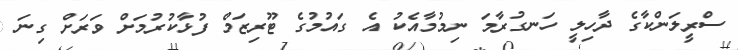
ސްރީލަންކާގެ ދާހިލީ ހަނގުރާމަ ނިމުމާއެކު އެ ގައުމުގެ ޓޫރިޒަމް ފުޅާކުރުމަށް ވަރަށް ގިނަ